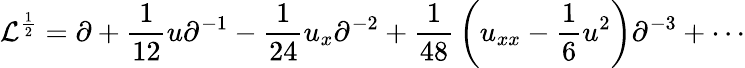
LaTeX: \mathcal{L}^{\frac{{1}}{{2}}}=\partial+{\frac{{1}}{{12}}}u\partial^{-1}-{\frac{{1}}{{24}}}u_{x}\partial^{-2}+{\frac{{1}}{{48}}}\left(u_{xx}-{\frac{{1}}{{6}}}u^{2}\right)\partial^{-3}+\cdots